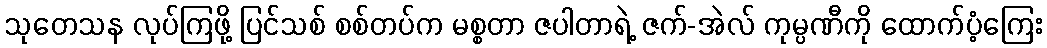
သုတေသန လုပ်ကြဖို့ ပြင်သစ် စစ်တပ်က မစ္စတာ ဇပါတာရဲ့ ဇက်-အဲလ် ကုမ္ပဏီကို ထောက်ပံ့ကြေး